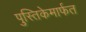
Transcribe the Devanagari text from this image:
पुस्तिकेमार्फत